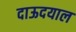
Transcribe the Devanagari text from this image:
दाऊदयाल